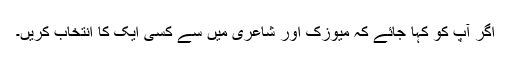
اگر آپ کو کہا جائے کہ میوزک اور شاعری میں سے کسی ایک کا انتخاب کریں۔